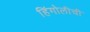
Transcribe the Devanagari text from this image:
हिंगोलीची